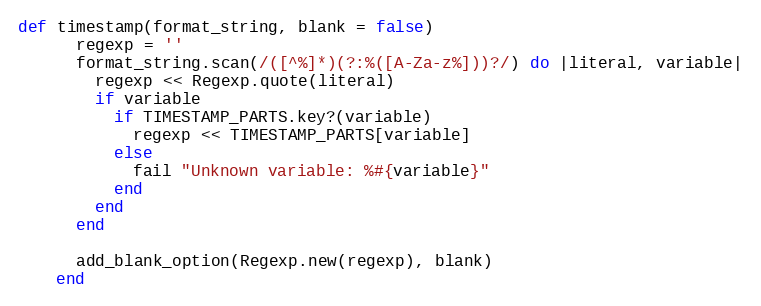
Language: Ruby
def timestamp(format_string, blank = false)
      regexp = ''
      format_string.scan(/([^%]*)(?:%([A-Za-z%]))?/) do |literal, variable|
        regexp << Regexp.quote(literal)
        if variable
          if TIMESTAMP_PARTS.key?(variable)
            regexp << TIMESTAMP_PARTS[variable]
          else
            fail "Unknown variable: %#{variable}"
          end
        end
      end

      add_blank_option(Regexp.new(regexp), blank)
    end